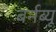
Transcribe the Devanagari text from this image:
बर्नब्यू